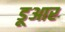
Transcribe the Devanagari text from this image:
डूआर